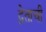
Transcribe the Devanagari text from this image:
द्वेताची